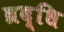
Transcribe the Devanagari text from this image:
व्रद्धि